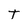
Character: t